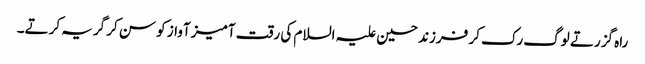
راہ گزرتے لوگ رک کر فرزند حسین علیہ السلام کی رقت آمیز آواز کو سن کر گریہ کرتے۔